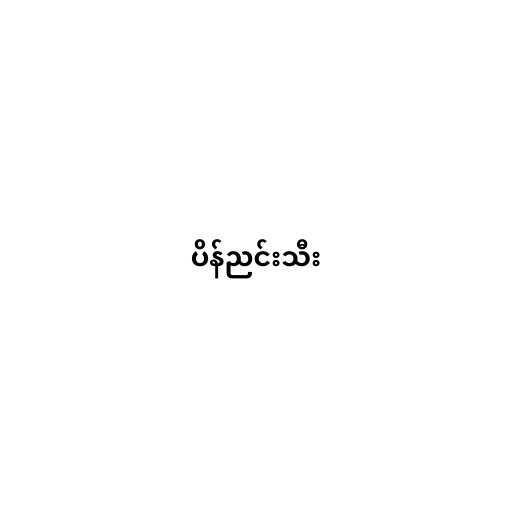
ပိန်ညင်းသီး